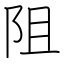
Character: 阻